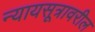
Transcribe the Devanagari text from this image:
न्यायसूत्रावरील